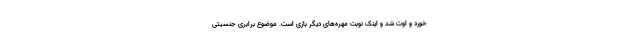
خورد و اوت شد و اینک نوبت مهره‌های دیگر بازی است. موضوع برابری جنسیتی